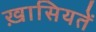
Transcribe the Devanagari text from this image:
ख़ासियतें